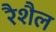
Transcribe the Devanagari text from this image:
रैशैल